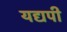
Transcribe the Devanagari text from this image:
यद्यपी